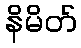
နိမိတ်